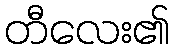
တီလေး၏